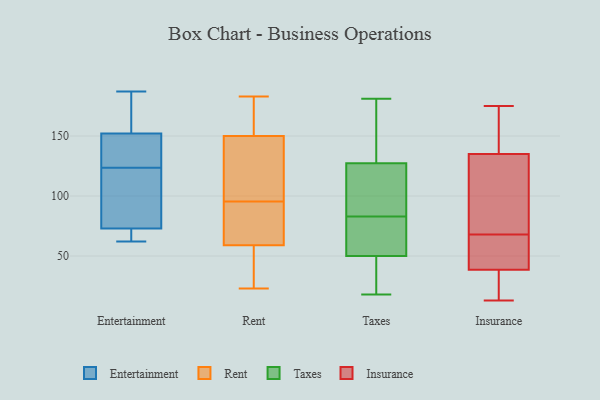
{"axis": {"x": "Bounce Rate (%)", "y": "Value"}, "legend": ["Entertainment", "Insurance", "Rent", "Taxes"], "data": [{"x": "", "y": 100, "type": "Entertainment"}, {"x": "", "y": 63, "type": "Entertainment"}, {"x": "", "y": 145, "type": "Entertainment"}, {"x": "", "y": 159, "type": "Entertainment"}, {"x": "", "y": 114, "type": "Entertainment"}, {"x": "", "y": 133, "type": "Entertainment"}, {"x": "", "y": 62, "type": "Entertainment"}, {"x": "", "y": 144, "type": "Entertainment"}, {"x": "", "y": 79, "type": "Entertainment"}, {"x": "", "y": 187, "type": "Entertainment"}, {"x": "", "y": 187, "type": "Entertainment"}, {"x": "", "y": 67, "type": "Entertainment"}, {"x": "", "y": 183, "type": "Rent"}, {"x": "", "y": 125, "type": "Rent"}, {"x": "", "y": 37, "type": "Rent"}, {"x": "", "y": 77, "type": "Rent"}, {"x": "", "y": 69, "type": "Rent"}, {"x": "", "y": 130, "type": "Rent"}, {"x": "", "y": 180, "type": "Rent"}, {"x": "", "y": 114, "type": "Rent"}, {"x": "", "y": 30, "type": "Rent"}, {"x": "", "y": 169, "type": "Rent"}, {"x": "", "y": 23, "type": "Rent"}, {"x": "", "y": 59, "type": "Rent"}, {"x": "", "y": 68, "type": "Rent"}, {"x": "", "y": 150, "type": "Rent"}, {"x": "", "y": 21, "type": "Taxes"}, {"x": "", "y": 181, "type": "Taxes"}, {"x": "", "y": 41, "type": "Taxes"}, {"x": "", "y": 63, "type": "Taxes"}, {"x": "", "y": 119, "type": "Taxes"}, {"x": "", "y": 130, "type": "Taxes"}, {"x": "", "y": 86, "type": "Taxes"}, {"x": "", "y": 149, "type": "Taxes"}, {"x": "", "y": 111, "type": "Taxes"}, {"x": "", "y": 153, "type": "Taxes"}, {"x": "", "y": 52, "type": "Taxes"}, {"x": "", "y": 97, "type": "Taxes"}, {"x": "", "y": 50, "type": "Taxes"}, {"x": "", "y": 78, "type": "Taxes"}, {"x": "", "y": 18, "type": "Taxes"}, {"x": "", "y": 37, "type": "Taxes"}, {"x": "", "y": 145, "type": "Taxes"}, {"x": "", "y": 83, "type": "Taxes"}, {"x": "", "y": 50, "type": "Taxes"}, {"x": "", "y": 175, "type": "Insurance"}, {"x": "", "y": 24, "type": "Insurance"}, {"x": "", "y": 77, "type": "Insurance"}, {"x": "", "y": 13, "type": "Insurance"}, {"x": "", "y": 48, "type": "Insurance"}, {"x": "", "y": 161, "type": "Insurance"}, {"x": "", "y": 70, "type": "Insurance"}, {"x": "", "y": 130, "type": "Insurance"}, {"x": "", "y": 66, "type": "Insurance"}, {"x": "", "y": 35, "type": "Insurance"}, {"x": "", "y": 140, "type": "Insurance"}, {"x": "", "y": 42, "type": "Insurance"}]}